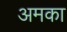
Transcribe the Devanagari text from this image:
अमका